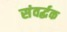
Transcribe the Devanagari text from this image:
संवर्द्धक